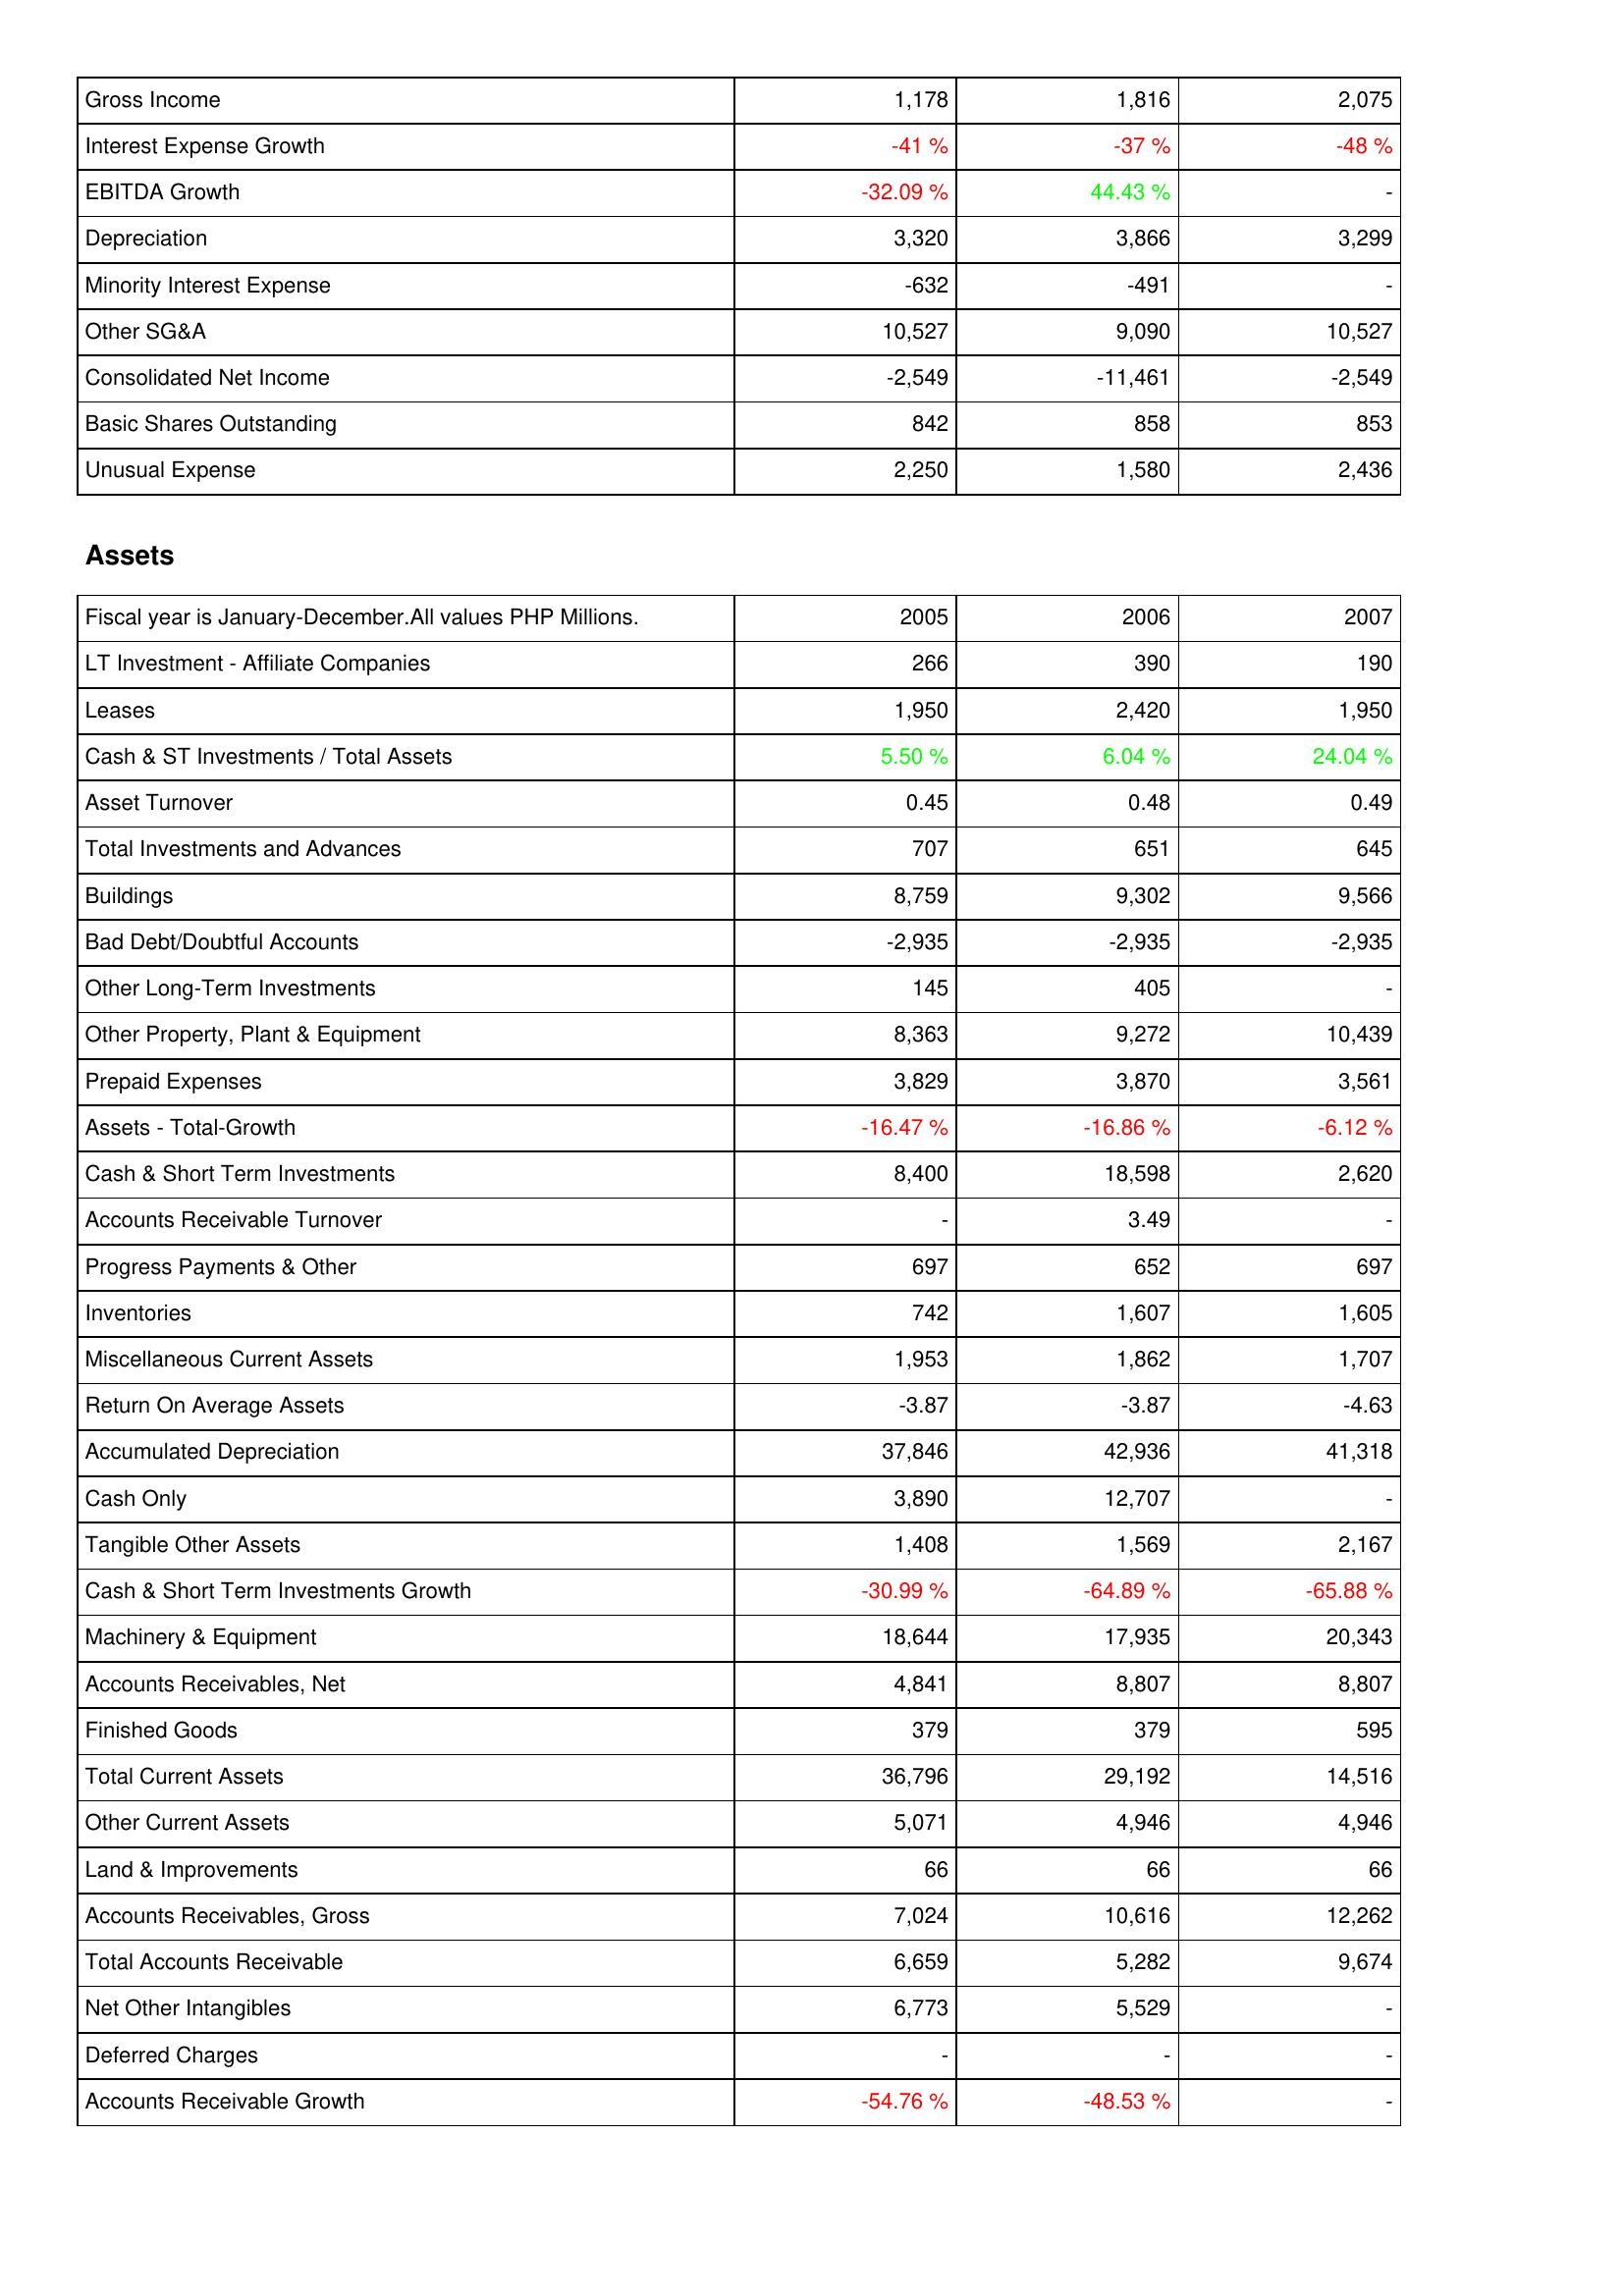
2005: Income Statement: Gross Income: 1,178
Interest Expense Growth: -41 %
EBITDA Growth: -32.09 %
Depreciation: 3,320
Minority Interest Expense: -632
Other SG&A: 10,527
Consolidated Net Income: -2,549
Basic Shares Outstanding: 842
Unusual Expense: 2,250
Assets: LT Investment - Affiliate Companies: 266
Leases: 1,950
Cash & ST Investments / Total Assets: 5.50 %
Asset Turnover: 0.45
Total Investments and Advances: 707
Buildings: 8,759
Bad Debt/Doubtful Accounts: -2,935
Other Long-Term Investments: 145
Other Property, Plant & Equipment: 8,363
Prepaid Expenses: 3,829
Assets - Total-Growth: -16.47 %
Cash & Short Term Investments: 8,400
Accounts Receivable Turnover: -
Progress Payments & Other: 697
Inventories: 742
Miscellaneous Current Assets: 1,953
Return On Average Assets: -3.87
Accumulated Depreciation: 37,846
Cash Only: 3,890
Tangible Other Assets: 1,408
Cash & Short Term Investments Growth: -30.99 %
Machinery & Equipment: 18,644
Accounts Receivables, Net: 4,841
Finished Goods: 379
Total Current Assets: 36,796
Other Current Assets: 5,071
Land & Improvements: 66
Accounts Receivables, Gross: 7,024
Total Accounts Receivable: 6,659
Net Other Intangibles: 6,773
Deferred Charges: -
Accounts Receivable Growth: -54.76 %
2006: Income Statement: Gross Income: 1,816
Interest Expense Growth: -37 %
EBITDA Growth: 44.43 %
Depreciation: 3,866
Minority Interest Expense: -491
Other SG&A: 9,090
Consolidated Net Income: -11,461
Basic Shares Outstanding: 858
Unusual Expense: 1,580
Assets: LT Investment - Affiliate Companies: 390
Leases: 2,420
Cash & ST Investments / Total Assets: 6.04 %
Asset Turnover: 0.48
Total Investments and Advances: 651
Buildings: 9,302
Bad Debt/Doubtful Accounts: -2,935
Other Long-Term Investments: 405
Other Property, Plant & Equipment: 9,272
Prepaid Expenses: 3,870
Assets - Total-Growth: -16.86 %
Cash & Short Term Investments: 18,598
Accounts Receivable Turnover: 3.49
Progress Payments & Other: 652
Inventories: 1,607
Miscellaneous Current Assets: 1,862
Return On Average Assets: -3.87
Accumulated Depreciation: 42,936
Cash Only: 12,707
Tangible Other Assets: 1,569
Cash & Short Term Investments Growth: -64.89 %
Machinery & Equipment: 17,935
Accounts Receivables, Net: 8,807
Finished Goods: 379
Total Current Assets: 29,192
Other Current Assets: 4,946
Land & Improvements: 66
Accounts Receivables, Gross: 10,616
Total Accounts Receivable: 5,282
Net Other Intangibles: 5,529
Deferred Charges: -
Accounts Receivable Growth: -48.53 %
2007: Income Statement: Gross Income: 2,075
Interest Expense Growth: -48 %
EBITDA Growth: -
Depreciation: 3,299
Minority Interest Expense: -
Other SG&A: 10,527
Consolidated Net Income: -2,549
Basic Shares Outstanding: 853
Unusual Expense: 2,436
Assets: LT Investment - Affiliate Companies: 190
Leases: 1,950
Cash & ST Investments / Total Assets: 24.04 %
Asset Turnover: 0.49
Total Investments and Advances: 645
Buildings: 9,566
Bad Debt/Doubtful Accounts: -2,935
Other Long-Term Investments: -
Other Property, Plant & Equipment: 10,439
Prepaid Expenses: 3,561
Assets - Total-Growth: -6.12 %
Cash & Short Term Investments: 2,620
Accounts Receivable Turnover: -
Progress Payments & Other: 697
Inventories: 1,605
Miscellaneous Current Assets: 1,707
Return On Average Assets: -4.63
Accumulated Depreciation: 41,318
Cash Only: -
Tangible Other Assets: 2,167
Cash & Short Term Investments Growth: -65.88 %
Machinery & Equipment: 20,343
Accounts Receivables, Net: 8,807
Finished Goods: 595
Total Current Assets: 14,516
Other Current Assets: 4,946
Land & Improvements: 66
Accounts Receivables, Gross: 12,262
Total Accounts Receivable: 9,674
Net Other Intangibles: -
Deferred Charges: -
Accounts Receivable Growth: -